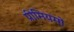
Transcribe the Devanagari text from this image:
प्रीमियमों